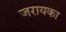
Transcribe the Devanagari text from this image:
जरायका